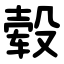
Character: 毂